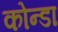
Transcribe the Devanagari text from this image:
कोन्डा